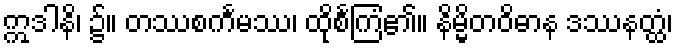
ဣဒါနိ၊ ၌။ တဿစင်္ကမဿ၊ ထိုစင်္ကြံ၏။ နိမ္မိတဝိဓာန ဒဿနတ္ထံ၊